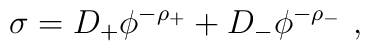
\sigma = D_+ \phi^{-\rho_+} + D_- \phi^{-\rho_-}~,